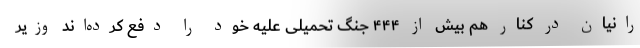
رانیان در کنار هم بیش از ۴۴۴ جنگ تحمیلی علیه خود را دفع کرده‌اند وزیر